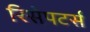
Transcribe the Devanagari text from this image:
रिसेपटर्स